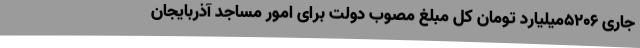
جاری 5206میلیارد تومان کل مبلغ مصوب دولت برای امور مساجد آذربایجان